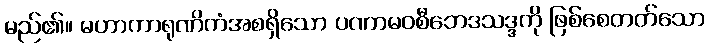
မည်၏။ မဟာကာရုဏိကံအစရှိသော ပဏာမဝစီဘေဒသဒ္ဒကို ဖြစ်စေတတ်သော